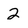
Character: 2